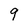
Character: 9